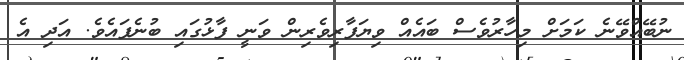
ނުބޭއްވޭނެ ކަމަށް މިހާރުވެސް ބައެއް ވިޔަފާރިވެރިން ވަނީ ފާޅުގައި ބުނެފައެވެ. އަދި އެ